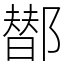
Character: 䣠